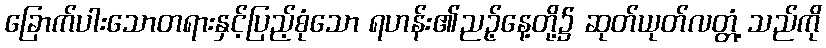
ခြောက်ပါးသောတရားနှင့်ပြည့်စုံသော ရဟန်း၏ညဉ့်နေ့တို့၌ ဆုတ်ယုတ်လတ္တံ့ သည်ကို